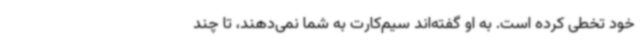
خود تخطی کرده است. به او گفته‌اند سیم‌کارت به شما نمی‌دهند، تا چند